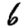
Digit: 6